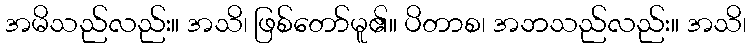
အမိသည်လည်း။ အသိ၊ ဖြစ်တော်မူ၏။ ပိတာစ၊ အဘသည်လည်း။ အသိ၊